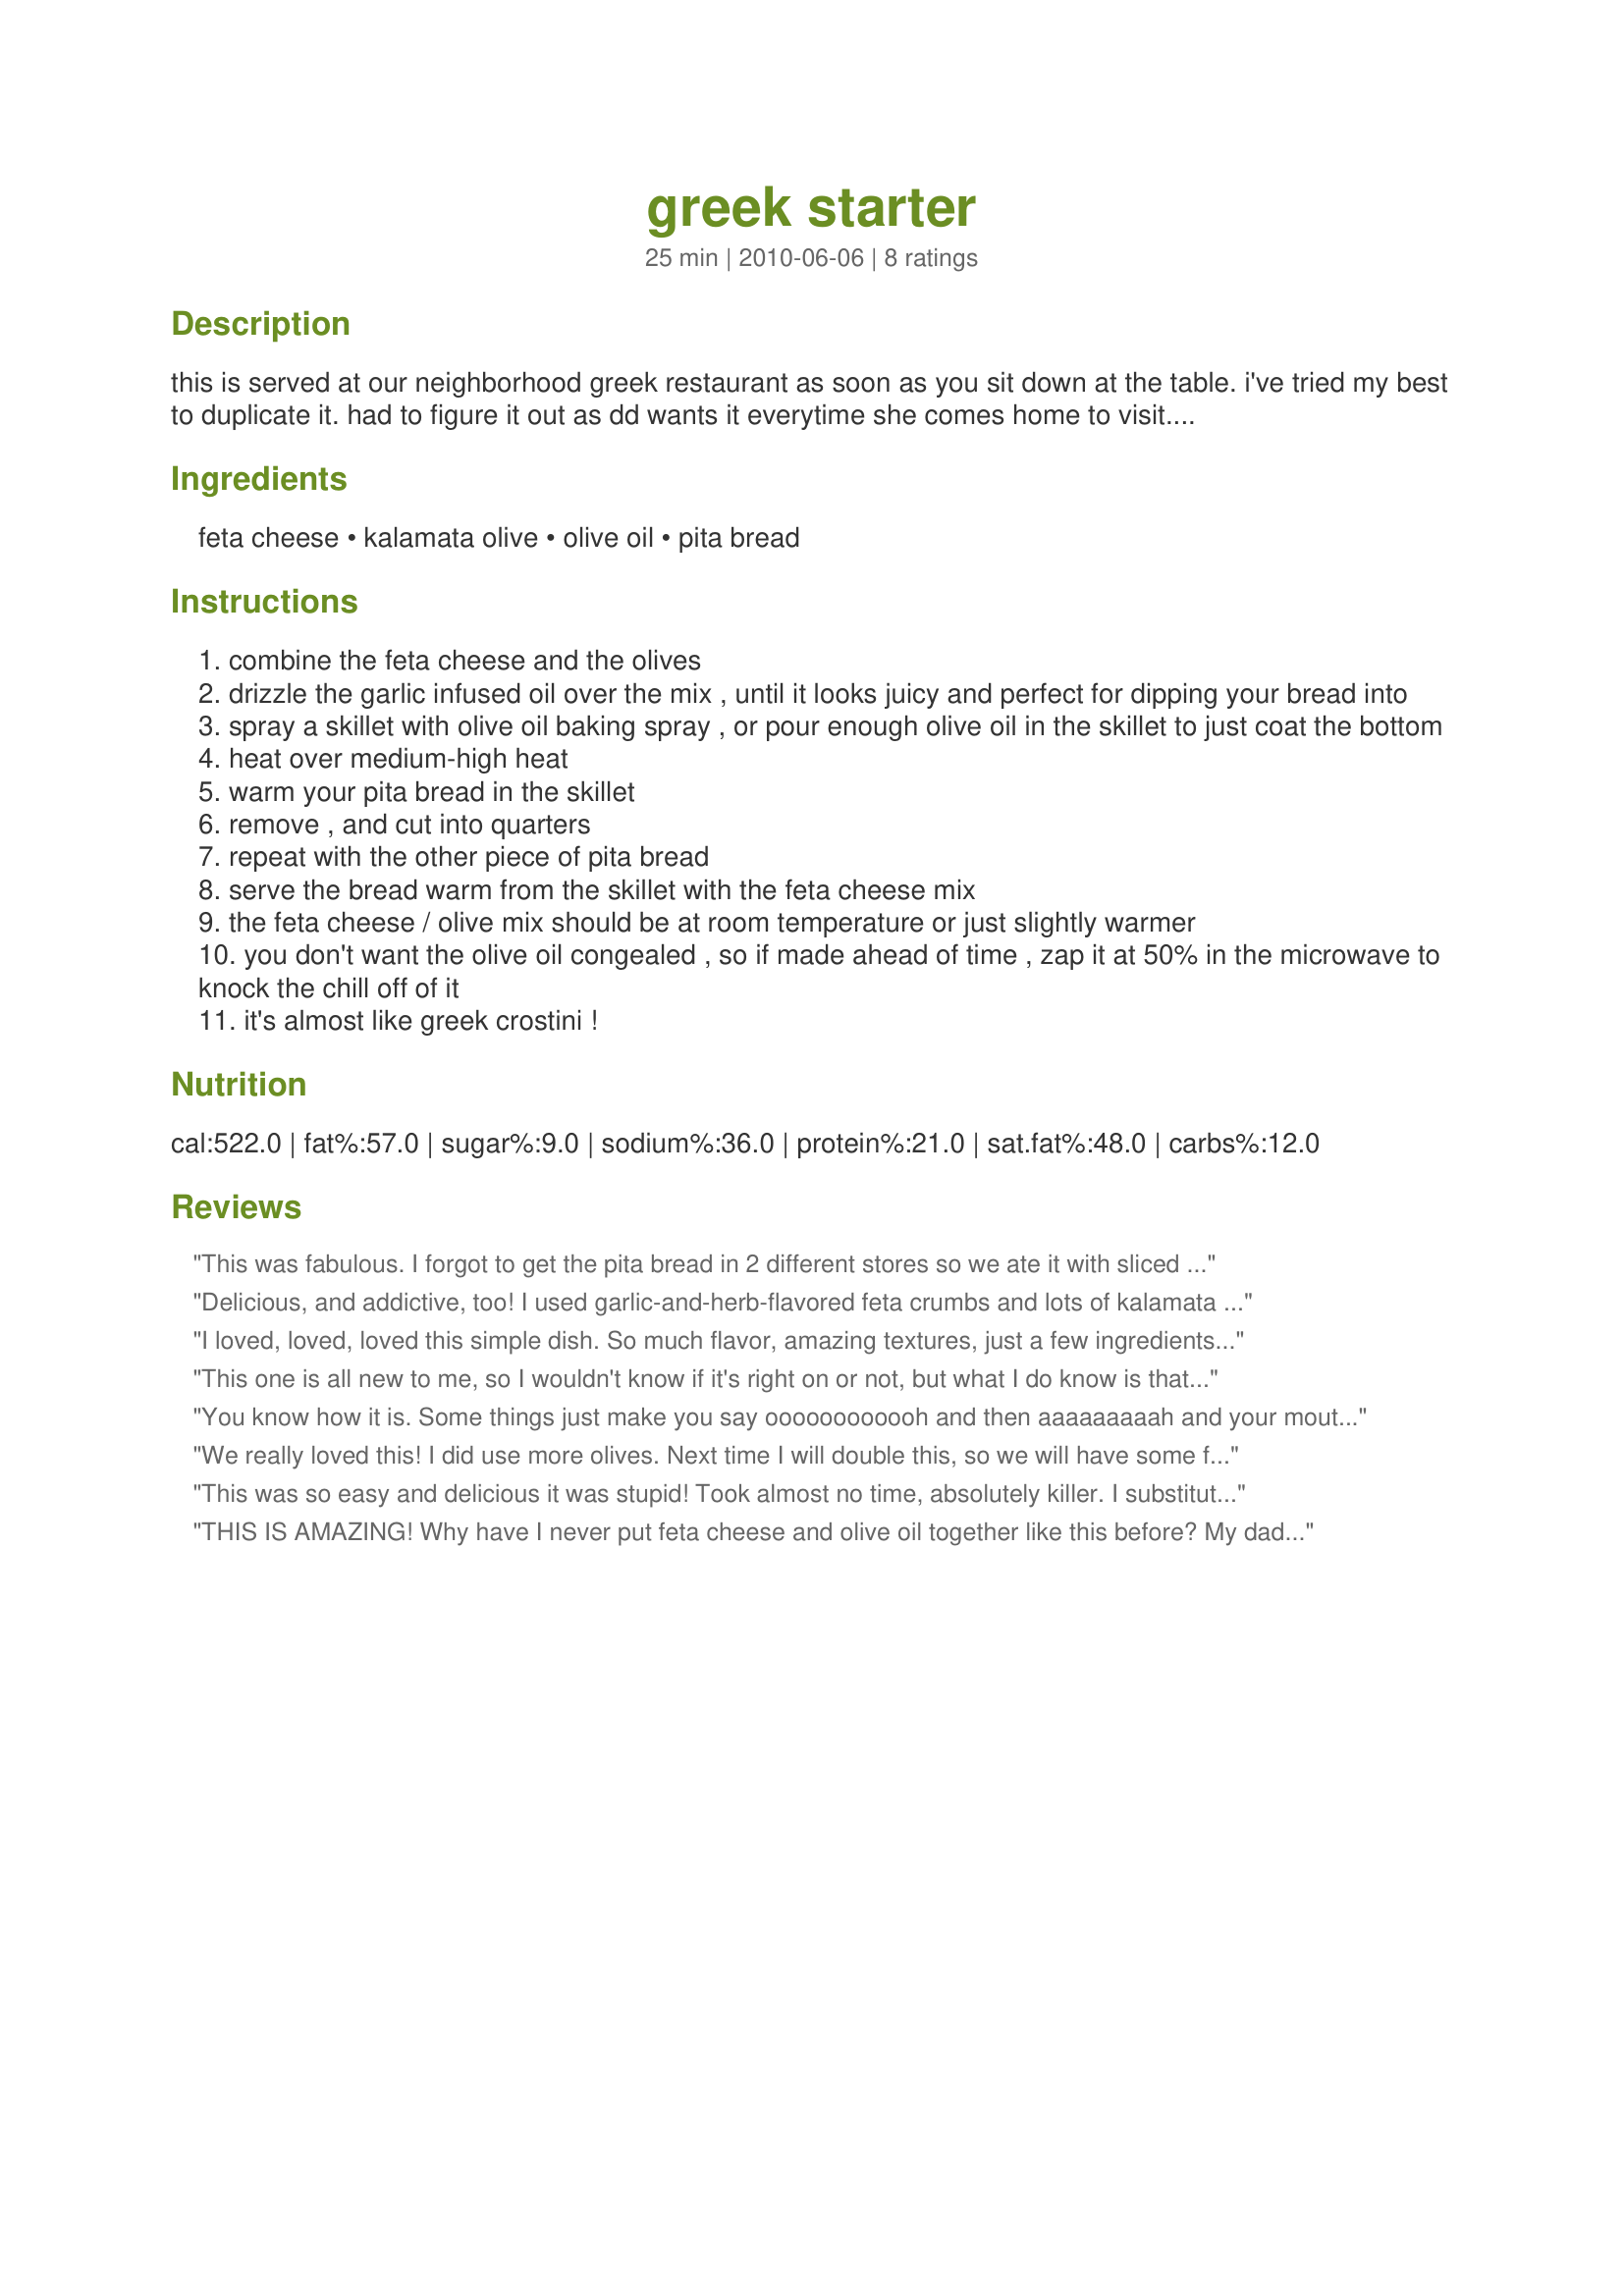
greek starter
Preparation time: 25 minutes

this is served at our neighborhood greek restaurant as soon as you sit down at the table. i've tried my best to duplicate it. had to figure it out as dd wants it everytime she comes home to visit....and the restaurant is closed during holiday when she is here!! measurements are estimated, as i always just eyeball the ingredients. more oil is always better....more juice for the bread! :)

Ingredients:
feta cheese, kalamata olive, olive oil, pita bread

Steps:
combine the feta cheese and the olives
drizzle the garlic infused oil over the mix , until it looks juicy and perfect for dipping your bread into
spray a skillet with olive oil baking spray , or pour enough olive oil in the skillet to just coat the bottom
heat over medium-high heat
warm your pita bread in the skillet
remove , and cut into quarters
repeat with the other piece of pita bread
serve the bread warm from the skillet with the feta cheese mix
the feta cheese / olive mix should be at room temperature or just slightly warmer
you don't want the olive oil congealed , so if made ahead of time , zap it at 50% in the microwave to knock the chill off of it
it's almost like greek crostini !

Reviews:
This was fabulous. I forgot to get the pita bread in 2 different stores so we ate it with sliced fresh Italian bread. Instead of garlic infused oil, I added 3 cloves of finely minced garlic to the1/4 cup of olive oil and simmered it on the stove for a few minutes. I then used that garlic and all. I also subbed regular black olives for kalamata olives. We will make this again it was quite a hit.
Delicious, and addictive, too! I used garlic-and-herb-flavored feta crumbs and lots of kalamata olives. This takes seconds to put together. I warmed the pita in the oven for about 3 minutes, and it was perfect. Thanks for sharing this wonderful recipe!
I loved, loved, loved this simple dish. So much flavor, amazing textures, just a few ingredients to achieve heaven. It was quick and really easy to make. I will be enjoying this often. Served with Mini Naan Bread and sweet tomatoes. Thank you so much for sharing. Kudos on making it into my favorites Cookbook for 2016.
This one is all new to me, so I wouldn't know if it's right on or not, but what I do know is that this particular flavor combo (feta/olive/garlic) is very, very nice with the pita! Thanks for pushing me to a new experience! [Made & reviewed while touring Greece with ZWT6]
You know how it is. Some things just make you say oooooooooooh and then aaaaaaaaah and your mouth just hangs open...salivating and wanting more. Made for Almost 5 Recipe Tag.
We really loved this! I did use more olives. Next time I will double this, so we will have some for another day. Thanks for posting breezermom. Made for ZWT 6.
This was so easy and delicious it was stupid! Took almost no time, absolutely killer. I substituted Meyer Lemon olive oil which, to our taste, blended perfectly into a Greek dish.
THIS IS AMAZING! Why have I never put feta cheese and olive oil together like this before? My dad is Greek and although I was raised American, we've been in plenty of Greek restaurants and I've learned to cook a few Greek dishes. This was wonderful. I used green olives because that's what I had on hand and added minced garlic. Ate this on crackers, but planning to get more feta and more pita ASAP so I can make this again. What a great snack! Thank you so much for sharing it.
